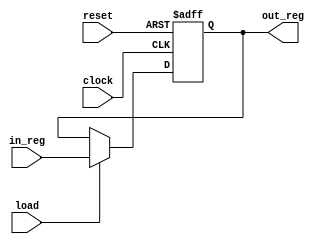

// Generic Register

module register (input  wire       clock,
                 input  wire       reset,
                 input  wire       load,
                 input  wire [7:0] in_reg,
                 output reg  [7:0] out_reg);

always @ (posedge clock or negedge reset) begin
  if(!reset)
    out_reg <= 0;
  else if(load)
    out_reg <= in_reg;
  else
    out_reg <= out_reg; 
end

endmodule